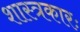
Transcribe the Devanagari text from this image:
शास्त्रकारः